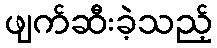
ဖျက်ဆီးခဲ့သည့်